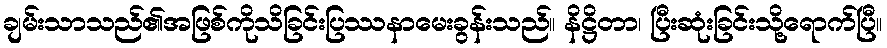
ချမ်းသာသည်၏အဖြစ်ကိုသိခြင်းပြဿနာမေးခွန်းသည်။ နိဋ္ဌိတာ၊ ပြီးဆုံးခြင်းသို့ရောက်ပြီ။